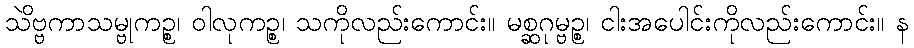
သိဗ္ဗကာသမ္ဗုကဉ္စ၊ ဝါလုကဉ္စ၊ သဲကိုလည်းကောင်း။ မစ္ဆဂုမ္ဗဉ္စ၊ ငါးအပေါင်းကိုလည်းကောင်း။ န